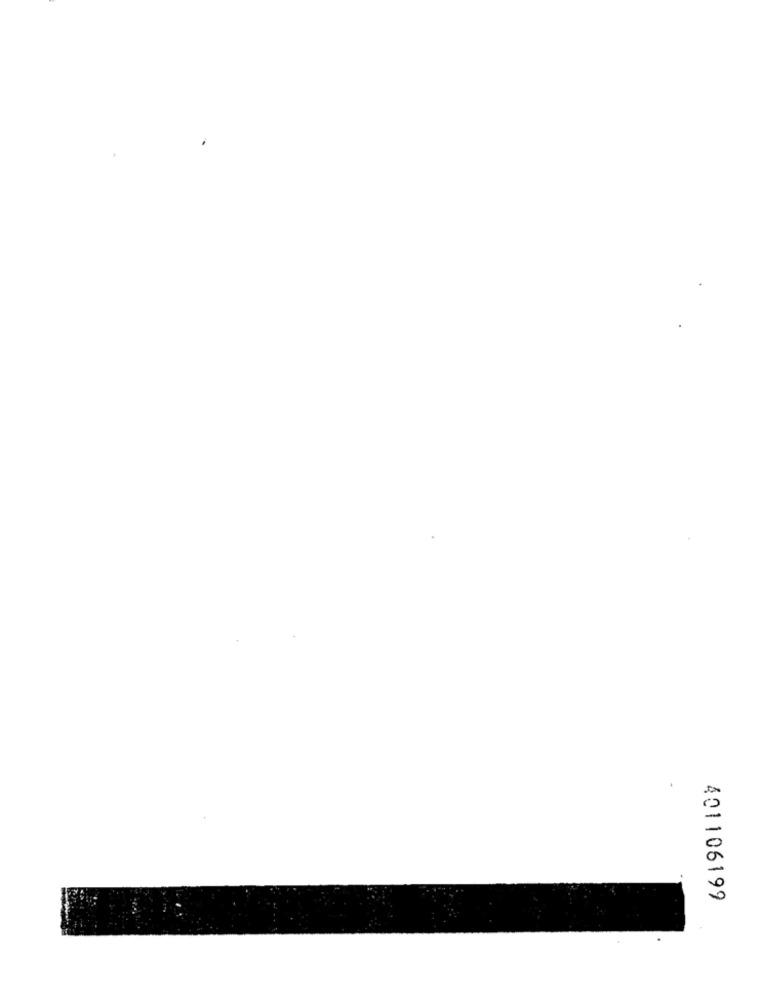
401106199